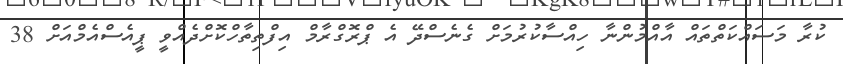
ކުރާ މަސައްކަތްތައް އާއްމުންނާ ހިއްސާކުރުމަށް ގެނެސްދޭ އެ ޕްރޮގްރާމް އިފްތިތާހްކޮށްދެއްވީ ޕީއެސްއެމްއަށް 38